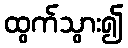
ထွက်သွား၍